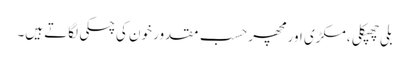
بلی چھپکلی ، مکڑی اور مچھر حسبِ مقدور خون کی چسکی لگاتے ہیں۔